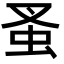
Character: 蚤